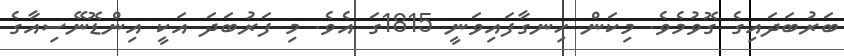
ބަރުބަދައިގެ ގޮވުމެވެ. މިކަން ހިނގާފައިވަނީ 1815ގަ އެވެ. މި ފަރުބަދަ އަކީ އިންޑޮނޭސިއާގެ